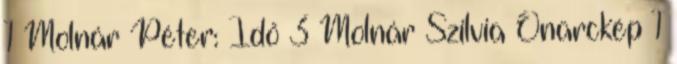
1 Molnár Péter: Idő 3 Molnár Szilvia Önarckép 1